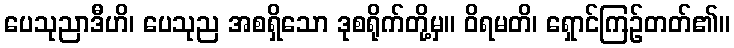
ပေသုညာဒီဟိ၊ ပေသုည အစရှိသော ဒုစရိုက်တို့မှ။ ဝိရမတိ၊ ရှောင်ကြဉ်တတ်၏။